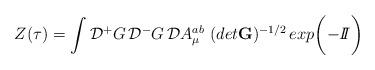
LaTeX: \begin{align*}Z(\tau)= \int {\cal D}{^+} G\, {\cal D} {^-}G \, {\cal D} A^{ab}_\mu\,\,(det {\bf G})^{-1/2}\, exp \bigg({- {I\!\!I}} \bigg)\end{align*}